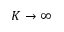
K \to \infty